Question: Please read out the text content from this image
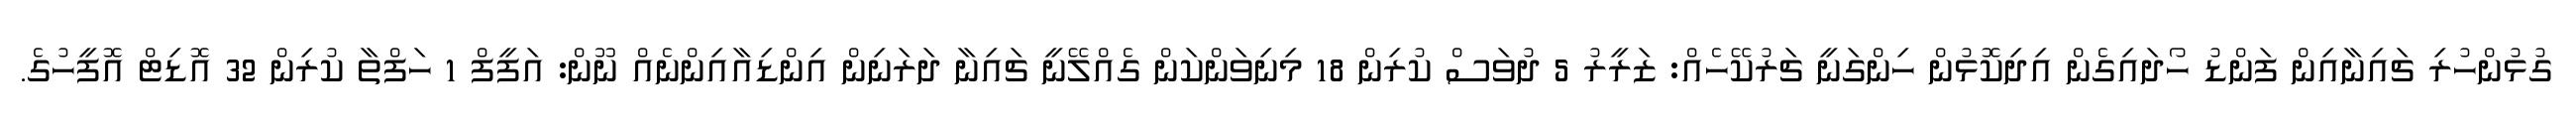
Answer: ގުޅުންހުރި ޗައިނާއިން ފަންޑު ހޯދައިގެން އިދިކޮޅުން ހިންގަނީ ޗަރުކޭހެއް: ޒަރީރު 5 ދުވަސް ކުރިން 18 މިނިވަންކަން ގެއްލޭނީ ޗައިނާ ދަރަނިން އިންޑިއާއިންނެއް ނޫން: އަފީފް 1 ހަފްތާ ކުރިން 32 އޮޑިޓް އޮފީހުގެ.